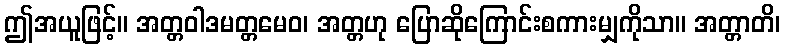
ဤအယူဖြင့်။ အတ္တဝါဒမတ္တမေဝ၊ အတ္တဟု ပြောဆိုကြောင်းစကားမျှကိုသာ။ အတ္တာတိ၊